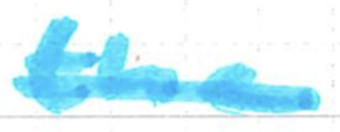
Text: the
Cross-out: single-line
Writing tool: marker